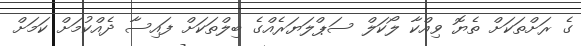
ގެ ރަށްތަކަށް ތެޔޮ ވިއްކާ ލޯކަލް ސަޕްލަޔަރެއްގެ ބިލްތަކަށް ފައިސާ ދެއްކުމަށް ކަމަށް